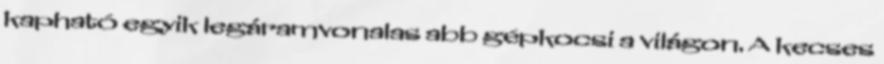
kapható egyik legáramvonalas abb gépkocsi a világon. A kecses